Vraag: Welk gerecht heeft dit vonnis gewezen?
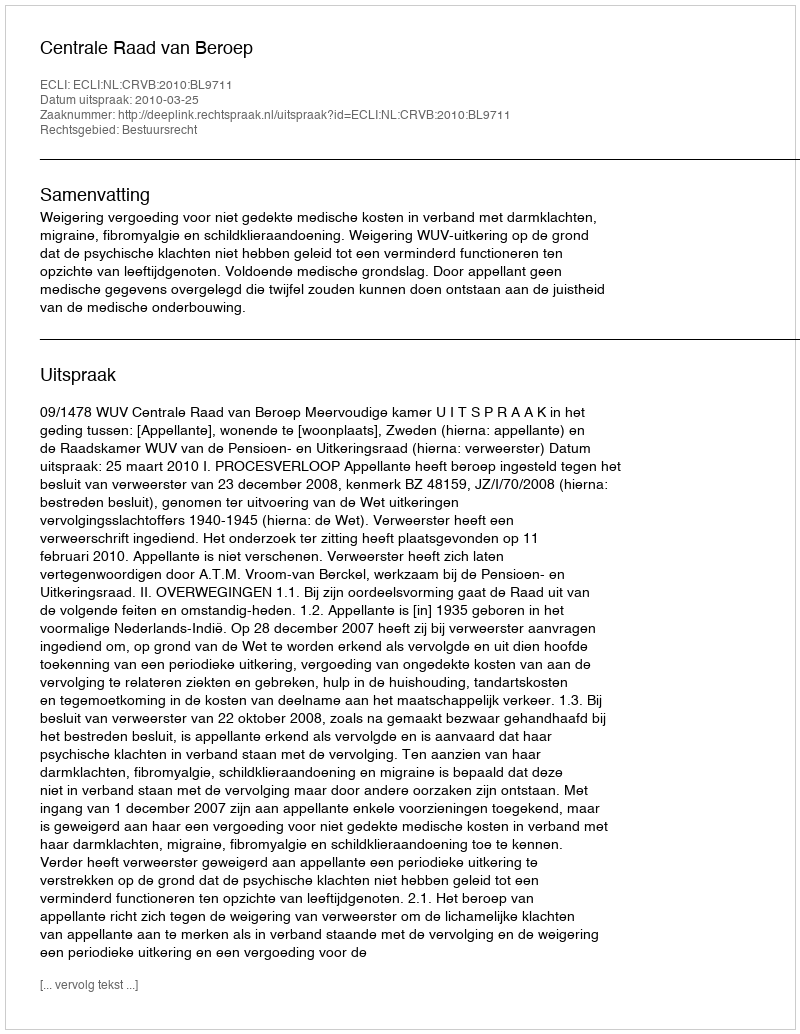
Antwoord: Centrale Raad van Beroep